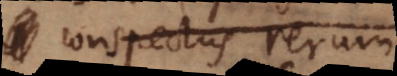
conspectus rerum